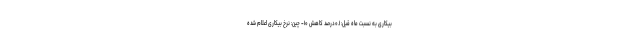
بیکاری به نسبت ماه قبل: ۰.۱درصد کاهش ۱۰- چین: نرخ بیکاری اعلام شده